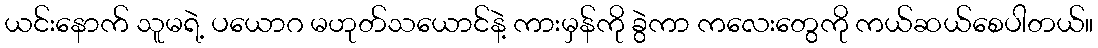
ယင်းနောက် သူမရဲ့ ပယောဂ မဟုတ်သယောင်နဲ့ ကားမှန်ကို ခွဲကာ ကလေးတွေကို ကယ်ဆယ်စေပါတယ်။